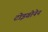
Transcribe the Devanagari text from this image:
टोइवोनेन